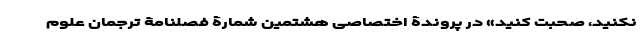
نکنید، صحبت کنید» در پروندۀ اختصاصی هشتمین شمارۀ فصلنامۀ ترجمان علوم